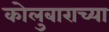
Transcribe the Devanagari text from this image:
कोलुबाराच्या